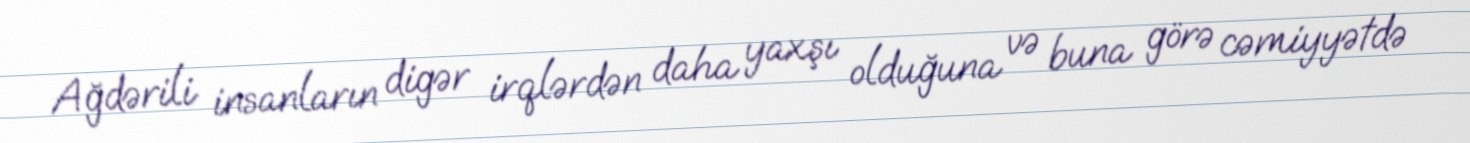
Ağdərili insanların digər irqlərdən daha yaxşı olduğuna və buna görə cəmiyyətdə